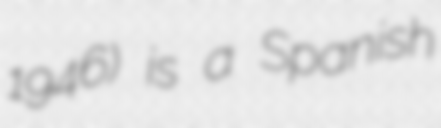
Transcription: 1946) is a Spanish